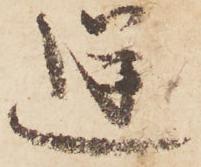
逆